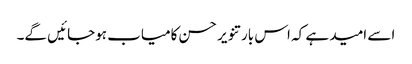
اسے امید ہے کہ اس بار تنویر حسن کامیاب ہوجائیں گے۔